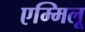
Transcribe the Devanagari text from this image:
एम्मिलू